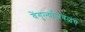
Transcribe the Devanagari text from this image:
वेंगुर्ल्याजवळचे